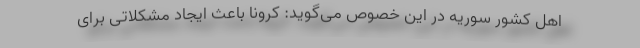
اهل کشور سوریه در این خصوص می‌گوید: کرونا باعث ایجاد مشکلاتی برای